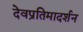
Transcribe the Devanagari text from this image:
देवप्रतिमादर्शन